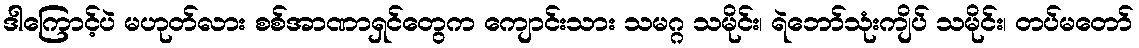
ဒါကြောင့်ပဲ မဟုတ်လား စစ်အာဏာရှင်တွေက ကျောင်းသား သမဂ္ဂ သမိုင်း၊ ရဲဘော်သုံးကျိပ် သမိုင်း၊ တပ်မတော်